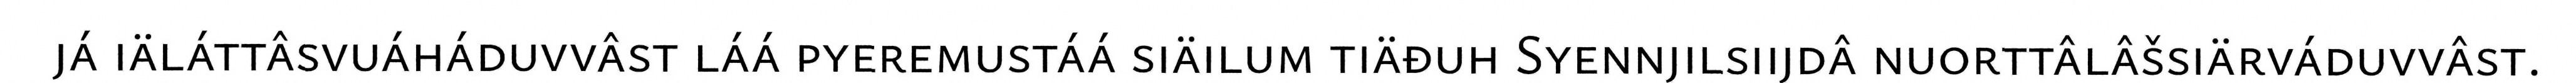
já iäláttâsvuáháduvvâst láá pyeremustáá siäilum tiäđuh Syennjilsiijdâ nuorttâlâšsiärváduvvâst.